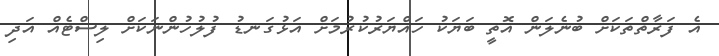
އެ ފަރާތްތަކަށް ބުނެލަން އޮތީ ބަޔަކު ހައްޔަރުކުރުމަށް އަޅުގަނޑު ފުލުހުންނަކަށް ލިސްޓެއް އަދި